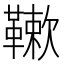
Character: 𩌱